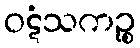
ဝဋံသကဉ္စ